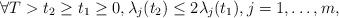
LaTeX: \begin{align*}\forall T>t_{2}\geq t_{1}\geq 0, \lambda_{j}(t_{2})\leq 2\lambda_{j}(t_{1}), j=1,\dots, m,\end{align*}